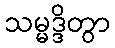
သမ္မဒ္ဒိတွာ